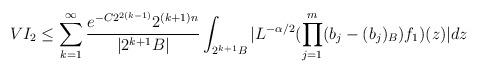
LaTeX: \begin{align*}VI_2\leq \sum\limits_{k=1}^{\infty}\frac{e^{-C2^{2(k-1)}}2^{(k+1)n}}{|2^{k+1}B|}\int_{2^{k+1}B}|L^{-\alpha/2}(\prod\limits_{j=1}^m(b_j-(b_j)_B)f_1)(z)|dz\end{align*}